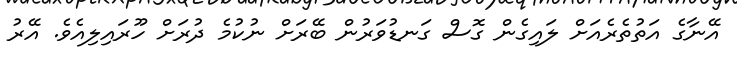
އޭނާގެ އަތުތެރެއަށް ލައިގެން ގޮސް ގަނޑުވަރުން ބޭރަށް ނުކުމެ ދުރަށް ހޫރައިލިއެވެ. އޭރު